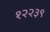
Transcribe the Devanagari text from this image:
१२२३९